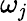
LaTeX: \omega_{\mathit{j}}